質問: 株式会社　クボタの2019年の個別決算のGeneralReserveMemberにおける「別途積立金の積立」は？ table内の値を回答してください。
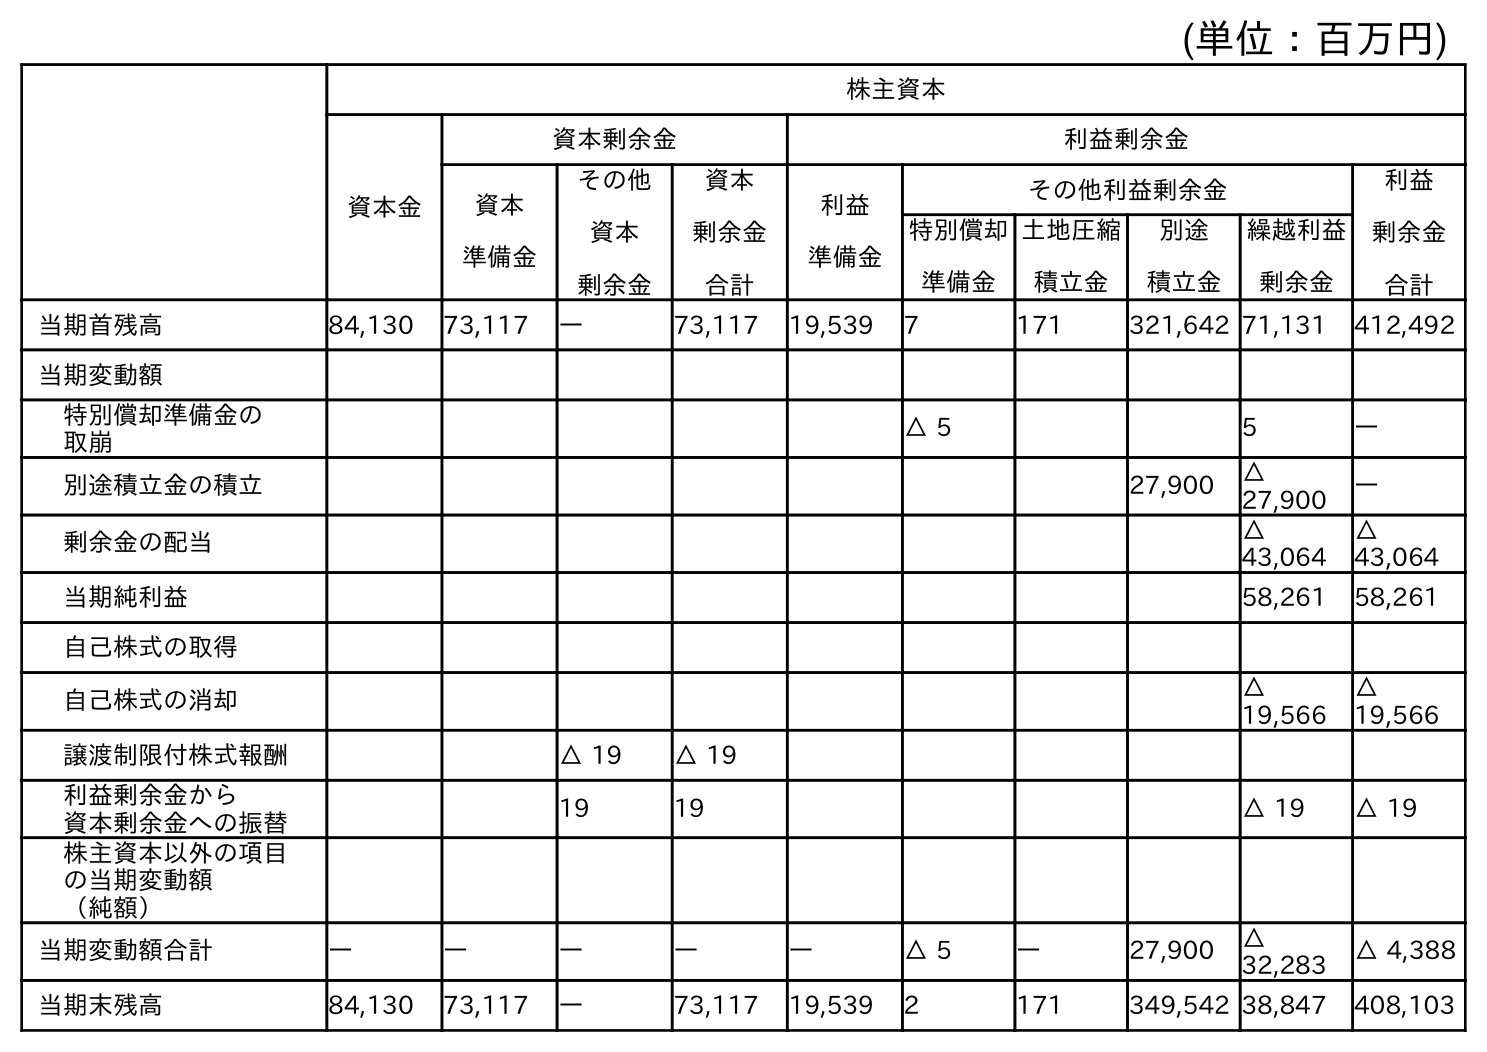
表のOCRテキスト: (単位：百万円) 株主資本 資本金 資本剰余金 利益剰余金 資本 準備金 その他 資本 剰余金 資本 剰余金 合計 利益 準備金 その他利益剰余金 利益 剰余金 合計 特別償却 準備金 土地圧縮 積立金 別途 積立金 繰越利益 剰余金 当期首残高 84,130 73,117 ― 73,117 19,539 7 171 321,642 71,131 412,492 当期変動額 特別償却準備金の 取崩 △ 5 5 ― 別途積立金の積立 27,900 △ 27,900 ― 剰余金の配当 △ 43,064 △ 43,064 当期純利益 58,261 58,261 自己株式の取得 自己株式の消却 △ 19,566 △ 19,566 譲渡制限付株式報酬 △ 19 △ 19 利益剰余金から 資本剰余金への振替 19 19 △ 19 △ 19 株主資本以外の項目 の当期変動額 （純額） 当期変動額合計 ― ― ― ― ― △ 5 ― 27,900 △ 32,283 △ 4,388 当期末残高 84,130 73,117 ― 73,117 19,539 2 171 349,542 38,847 408,103
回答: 27,900